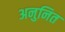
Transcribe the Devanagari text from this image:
अनुनित